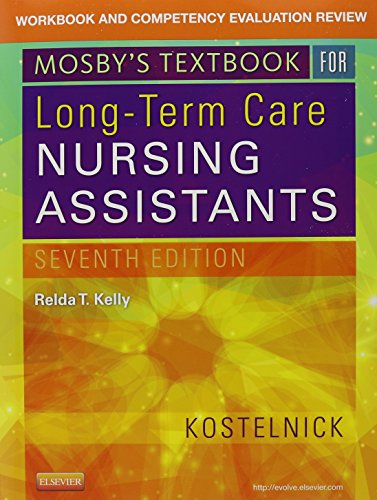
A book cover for Mosby's Textbook for Long-Term Care Nursing Assistants - Text and Workbook Package, 7e; Clare Kostelnick; Medical Books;